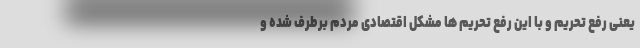
یعنی رفع تحریم و با این رفع تحریم ها مشکل اقتصادی مردم برطرف شده و